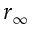
r _ { \infty }